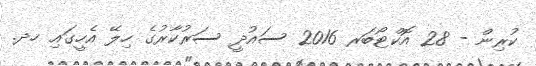
ކުރިން - 28 އޮކްޓޯބަރ 2016 ސައުދީ ސަރުކާރުގެ ހިލޭ އެހީގައި ހދ.